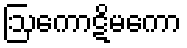
ဩကောဋိမကော